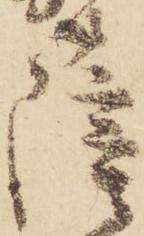
薩